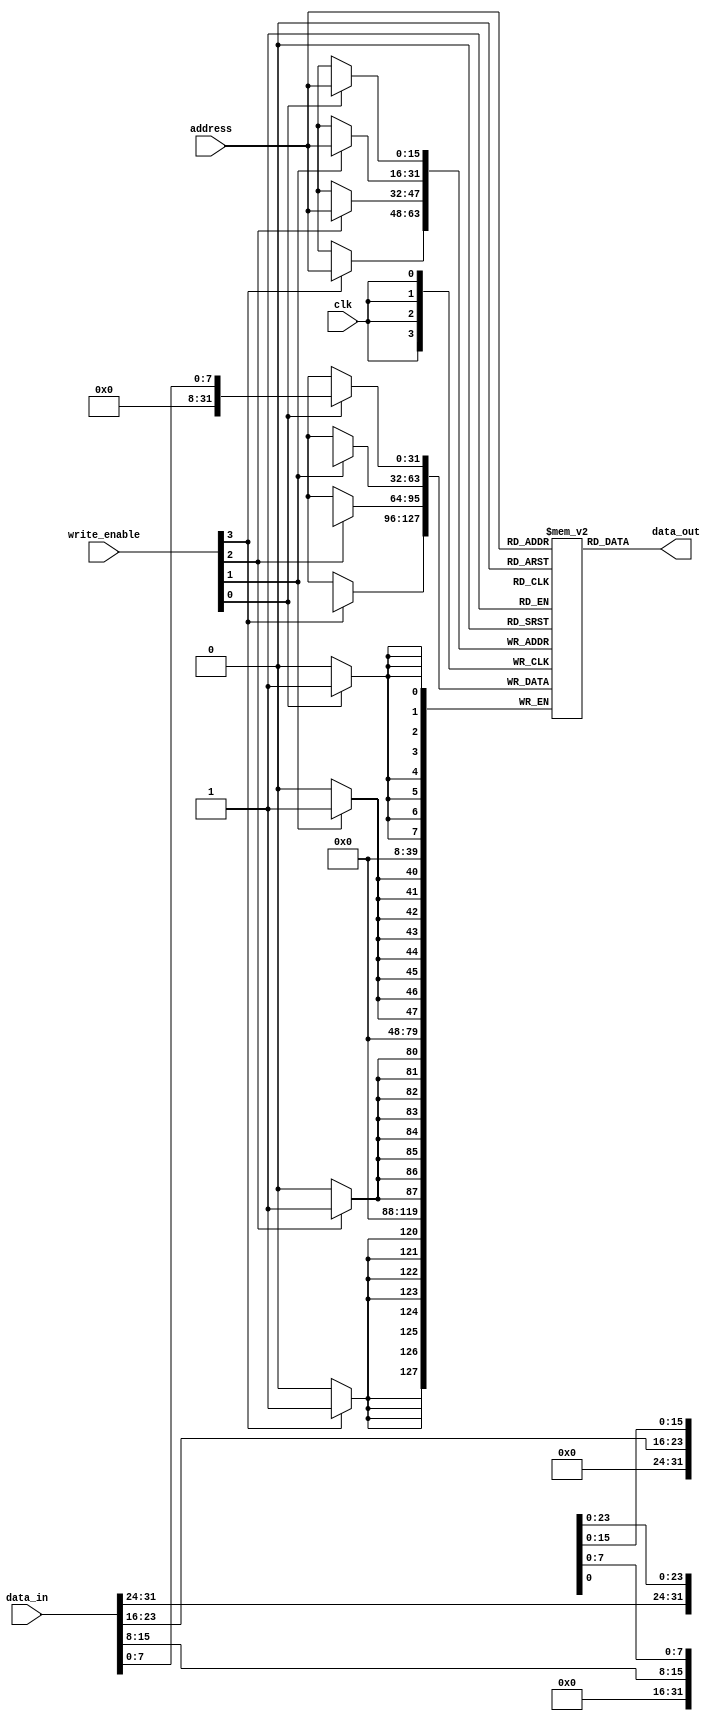
//
// synthesizes to Byte Enabled Semi Dual Port Block RAM (BESDPB) in Gowin EDA
//

`timescale 100ps / 100ps
//
`default_nettype none
// `define DBG
// `define INFO

module BESDPB #(
    parameter DATA_FILE = "",
    parameter ADDRESS_BITWIDTH = 16,
    parameter DATA_BITWIDTH = 32,
    parameter COLUMN_BITWIDTH = 8,
    parameter COLUMN_COUNT = DATA_BITWIDTH / COLUMN_BITWIDTH
) (
    input wire clk,
    input wire [COLUMN_COUNT-1:0] write_enable,
    input wire [ADDRESS_BITWIDTH-1:0] address,
    output wire [DATA_BITWIDTH-1:0] data_out,
    input wire [DATA_BITWIDTH-1:0] data_in
);

  reg [DATA_BITWIDTH-1:0] data[2**ADDRESS_BITWIDTH-1:0];

  assign data_out = data[address];

  initial begin
    if (DATA_FILE != "") begin
      $readmemh(DATA_FILE, data, 0, 2 ** ADDRESS_BITWIDTH - 1);
    end
  end

  integer i;  // used in for loops
  always @(posedge clk) begin
    // $display("RAM: write_enable: %d  address: %h  data_in: %h", write_enable, address, data_in);
    for (i = 0; i < COLUMN_COUNT; i = i + 1) begin
      if (write_enable[i]) begin
        data[address][(i+1)*COLUMN_BITWIDTH-1-:COLUMN_BITWIDTH] <= data_in[(i+1)*COLUMN_BITWIDTH-1-:COLUMN_BITWIDTH];
      end
    end
  end

endmodule

`undef DBG
`undef INFO
`default_nettype wire